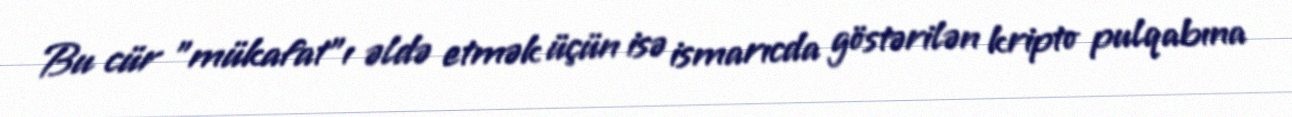
Bu cür "mükafat"ı əldə etmək üçün isə ismarıcda göstərilən kripto pulqabına